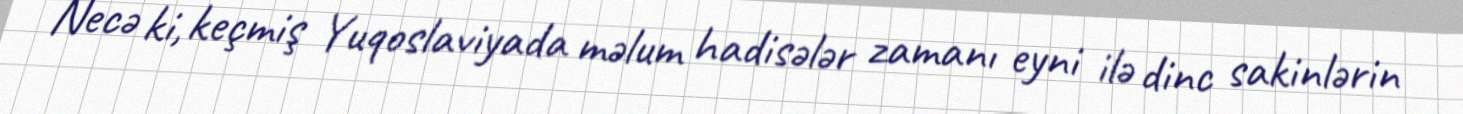
Necə ki, keçmiş Yuqoslaviyada məlum hadisələr zamanı eyni ilə dinc sakinlərin